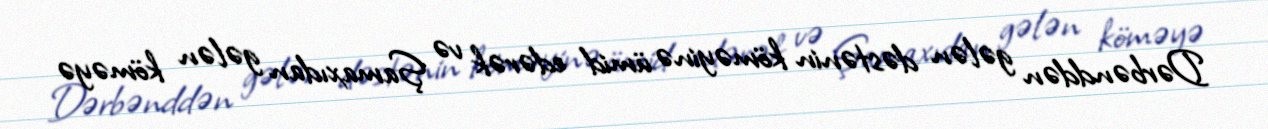
Dərbənddən gələn dəstənin köməyinə ümid edərək və Şamaxıdan gələn köməyə